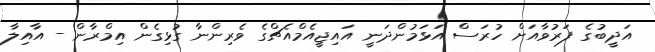
އަދީބުގެ ފަރުވާއަށް ހުރަސް އަޅަމުންދަނީ އައިޖީއެމްއެޗްގެ ވެރިންނާ ގުޅިގެން އިމްރާން - އާއިލާ